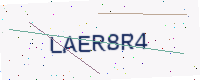
Text: LAER8R4